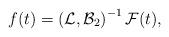
LaTeX: \begin{align*} f(t)=\left( {\mathcal{L}},{\mathcal{B}}_{2}\right)^{-1}\mathcal{F}(t),\end{align*}